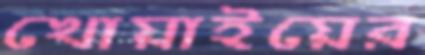
খোয়াইয়ের